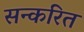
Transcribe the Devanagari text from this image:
सन्करित